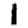
Digit: 1